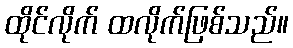
ထိုင်လိုက် ထလိုက်ဖြစ်သည်။